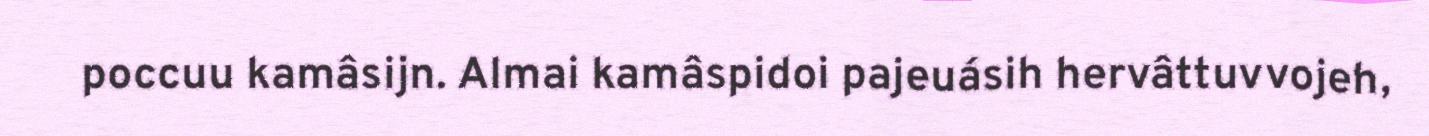
poccuu kamâsijn. Almai kamâspidoi pajeuásih hervâttuvvojeh,